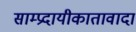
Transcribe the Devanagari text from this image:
साम्प्रदायीकातावादा